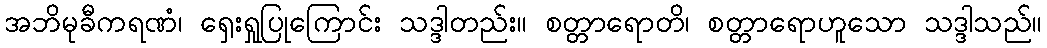
အဘိမုခီကရဏံ၊ ရှေးရှုပြုကြောင်း သဒ္ဒါတည်း။ စတ္တာရောတိ၊ စတ္တာရောဟူသော သဒ္ဒါသည်။